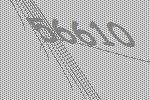
56610